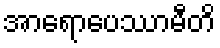
အာရောပေဿာမီတိ